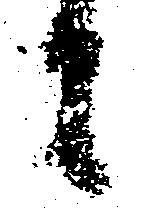
々